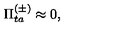
\Pi _ { t a } ^ { ( \pm ) } \approx 0 ,